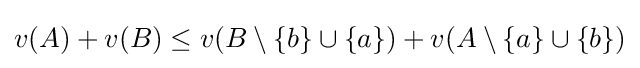
v(A)+v(B)\leq v(B\setminus \{b\}\cup \{a\})+v(A\setminus \{a\}\cup \{b\})